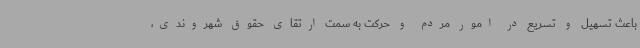
باعث تسهیل و تسریع در امور مردم و حرکت به سمت ارتقای حقوق شهروندی،